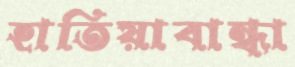
হাতিয়াবান্ধা